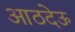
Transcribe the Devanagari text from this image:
आठदेऊ